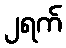
၂ရက်